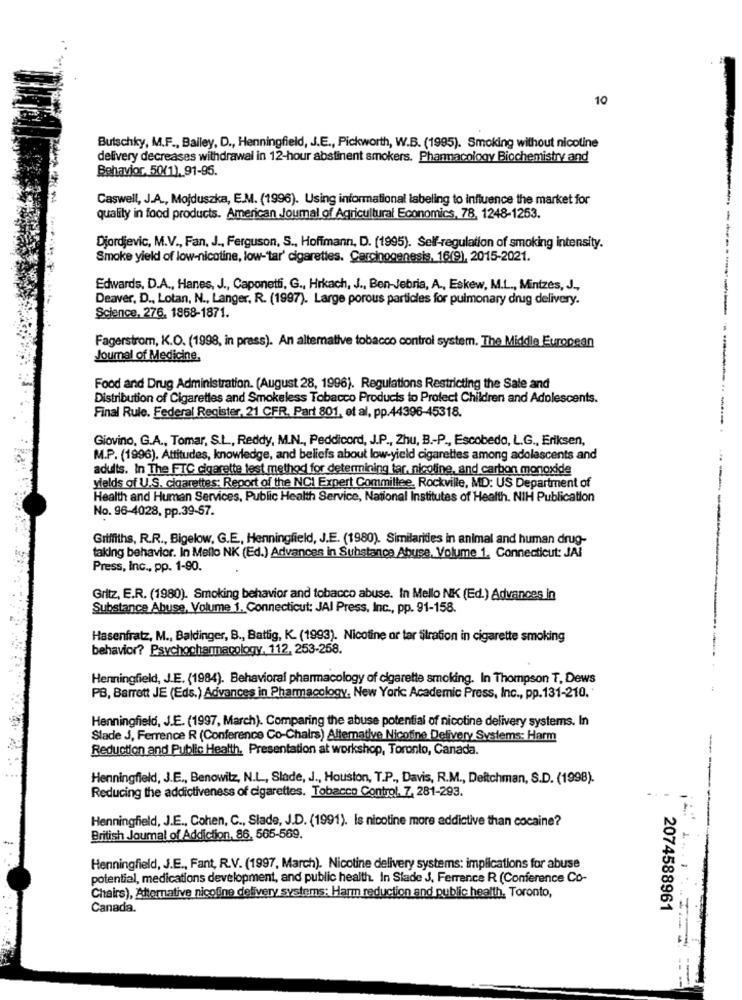
10
Butschky, M.F ., Bailey, D ., Henningfield, J.E ., Pickworth, W.B. (1995). Smoking without nicotine
delivery decreases withdrawal in 12-hour abstinent smokers. Pharmacology Biochemistry and
Behavior, 50(1), 91-95.
Caswell, J.A ., Mojduszka, E.M. (1996). Using informational labeling to influence the market for
quality in food products. American Joumal of Agricultural Economics, 78, 1248-1253.
Djordjevic, M.V ., Fan, J ., Ferguson, S ., Hoffmann, D. (1995). Self-regulation of smoking intensity.
----
Smoke yield of low-nicotine, low-'tar' cigarettes. Carcinogenesis, 16(9), 2015-2021.
Edwards, D.A ., Hanes, J ., Caponetti, G ., Hrkach, J ., Ben-Jebria, A ., Eskew, M.L ., Mintzes, J .,
Deaver, D ., Lotan, N ., Langer, R. (1997). Large porous particles for pulmonary drug delivery.
Science, 276. 1868-1871.
Fagerstrom, K.O. (1998, in press). An alternative tobacco control system. The Middle European
Journal of Medicine.
Food and Drug Administration. (August 28, 1996). Regulations Restricting the Sale and
Distribution of Cigarettes and Smokeless Tobacco Products to Protect Children and Adolescents.
Final Rule. Federal Register, 21 CFR. Part 801, et al, pp.44396-45318.
Giovino, G.A ., Tomar, S.L ., Reddy, M.N ., Peddicord, J.P ., Zhu, B .- P ., Escobedo, L.G ., Eriksen,
M.P. (1996). Attitudes, knowledge, and beliefs about low-yield cigarettes among adolescents and
adults. In The FTC cigarette test method for determining tar, nicoline, and carbon monoxide
yields of U.S. cigarettes: Report of the NCI Expert Committee, Rockville, MD: US Department of
Health and Human Services, Public Health Service, National Institutes of Health. NIH Publication
No. 96-4028, pp.39-57.
Griffiths, R.R ., Bigelow, G.E, Henningfield, J.E. (1980). Similarities in animal and human drug-
taking behavior. In Mello NK (Ed.) Advances in Substance Abuse, Volume 1, Connecticut: JAI
Press, Inc ., pp. 1-90.
Gritz, E.R. (1980). Smoking behavior and tobacco abuse. In Mello NK (Ed.) Advances in
Substance Abuse, Volume 1. Connecticut: JAI Press, Inc ., pp. 91-158.
Hasenfratz, M ., Baldinger, B ., Battig, K. (1993). Nicotine or tar tilration in cigarette smoking
behavior? Psychopharmacology. 112, 253-268.
Henningfield, J.E. (1984). Behavioral pharmacology of cigarette smoking. In Thompson T, Dews
PB, Barrett JE (Eds.) Advances in Pharmacology. New York: Academic Press, Inc ., pp.131-210.'
Henningfield, J.E. (1997, March). Comparing the abuse potential of nicotine delivery systems. In
Slade J, Ferrence R (Conference Co-Chairs) Altemative Nicotine Delivery Systems: Harm
Reduction and Public Health. Presentation at workshop, Toronto, Canada.
-
Henningfield, J.E ., Benowitz, N.L ., Slade, J ., Houston, T.P ., Davis, R.M ., Deitchman, S.D. (1998).
Reducing the addictiveness of cigarettes. Tobacco Control. 7, 281-293.
Henningfield, J.E ., Cohen, C ., Slade, J.D. (1991). Is nicotine more addictive than cocaine?
British Journal of Addiction, 86, 565-569.
Henningfield, J.E ., Fant, R.V. (1997, March). Nicotine delivery systems: implications for abuse
potential, medications development, and public health. In Slade J, Ferrence R (Conference Co-
Chairs), Alternative nicotine delivery systems: Harm reduction and public health, Toronto,
Canada.
2074588961